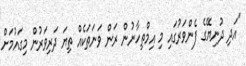
"އަދި ދުނިޔޭގެ ފެންވަރުގައި މި އިމްތިހާނުން ރަން ވަނަތަކެއް ތިޔަ ދަރިވަރުން މިގައުމަށް